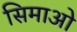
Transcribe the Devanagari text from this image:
सिमाओ